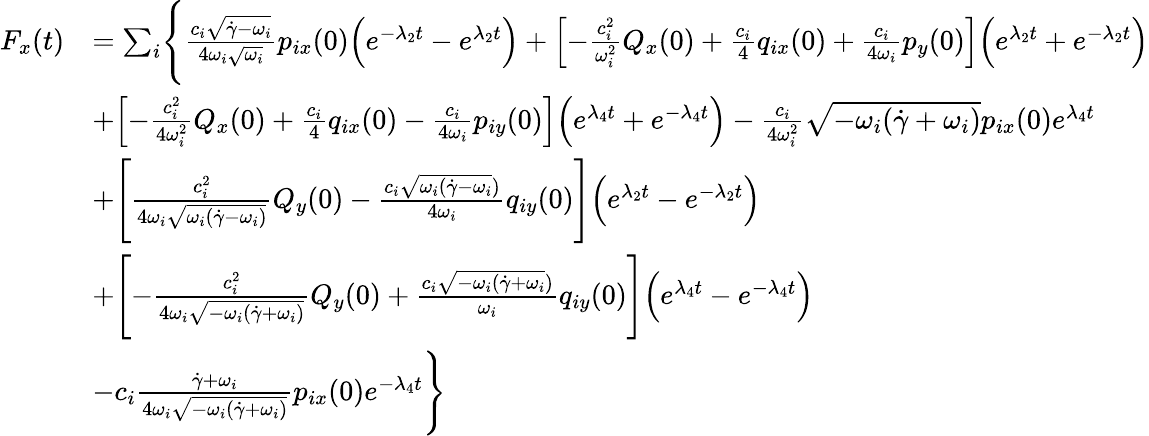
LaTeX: \begin{array}{rl}{F_{x}(t)}&{=\sum_{i}\Biggl\{ \frac{c_{i}\sqrt{\dot{\gamma}-\omega_{i}}}{4\omega_{i}\sqrt{\omega_{i}}}p_{ix}(0)\Bigl(e^{-\lambda_{2}t}-e^{\lambda_{2}t}\Bigr)+\Bigl[-\frac{c_{i}^{2}}{\omega_{i}^{2}}Q_{x}(0)+\frac{c_{i}}{4}q_{ix}(0)+\frac{c_{i}}{4\omega_{i}}p_{y}(0)\Bigr]\Bigl(e^{\lambda_{2}t}+e^{-\lambda_{2}t}\Bigr)}\\ &{+\Bigl[-\frac{c_{i}^{2}}{4\omega_{i}^{2}}Q_{x}(0)+\frac{c_{i}}{4}q_{ix}(0)-\frac{c_{i}}{4\omega_{i}}p_{iy}(0)\Bigr]\Bigl(e^{\lambda_{4}t}+e^{-\lambda_{4}t}\Bigr)-\frac{c_{i}}{4\omega_{i}^{2}}\sqrt{-\omega_{i}(\dot{\gamma}+\omega_{i})}p_{ix}(0)e^{\lambda_{4}t}}\\ &{+\Biggl[\frac{c_{i}^{2}}{4\omega_{i}\sqrt{\omega_{i}(\dot{\gamma}-\omega_{i})}}Q_{y}(0)-\frac{c_{i}\sqrt{\omega_{i}(\dot{\gamma}-\omega_{i}})}{4\omega_{i}}q_{iy}(0)\Biggr]\Bigr(e^{\lambda_{2}t}-e^{-\lambda_{2}t}\Bigr)}\\ &{+\Biggl[-\frac{c_{i}^{2}}{4\omega_{i}\sqrt{-\omega_{i}(\dot{\gamma}+\omega_{i})}}Q_{y}(0)+\frac{c_{i}\sqrt{-\omega_{i}(\dot{\gamma}+\omega_{i}})}{\omega_{i}}q_{iy}(0)\Biggr]\Bigr(e^{\lambda_{4}t}-e^{-\lambda_{4}t}\Bigr)}\\ &{-c_{i}\frac{\dot{\gamma}+\omega_{i}}{4\omega_{i}\sqrt{-\omega_{i}(\dot{\gamma}+\omega_{i})}}p_{ix}(0)e^{-\lambda_{4}t}\Biggr\} }\end{array}